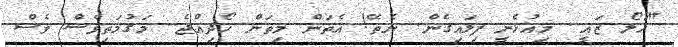
"ހަލޯ ޒައީ.. މިއުޅެނީ ފިލައިގެން. ނެތޭ! އެތަން މިތަން ހޯދިއްޖެ.. މަގުމަތިވެސް ވެސް